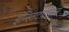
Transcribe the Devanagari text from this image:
इन्स्तिटय्टसत